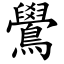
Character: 鷽